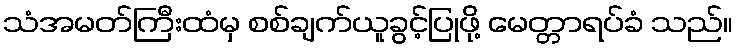
သံအမတ်ကြီးထံမှ စစ်ချက်ယူခွင့်ပြုဖို့ မေတ္တာရပ်ခံ သည်။